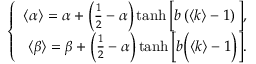
\left\{ \begin{array} { r } { \langle \alpha \rangle = \alpha + \left( \frac { 1 } { 2 } - \alpha \right) \operatorname { t a n h } \Big [ b \left( \langle k \rangle - 1 \right) \Big ] , } \\ { \langle \beta \rangle = \beta + \Big ( \frac { 1 } { 2 } - \alpha \Big ) \operatorname { t a n h } \Big [ b \Big ( \langle k \rangle - 1 \Big ) \Big ] . } \end{array} \right.